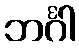
ဘင်္ဂါ